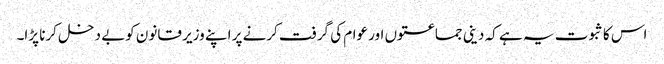
اس کا ثبوت یہ ہے کہ دینی جماعتوں اور عوام کی گرفت کرنے پر اپنے وزیر قانون کوبے دخل کرنا پڑا۔